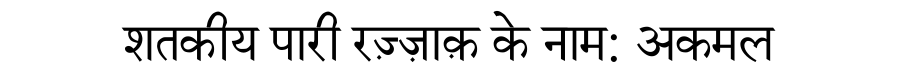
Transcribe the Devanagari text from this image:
शतकीय पारी रज़्ज़ाक़ के नाम: अकमल